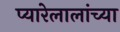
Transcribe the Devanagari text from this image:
प्यारेलालांच्या